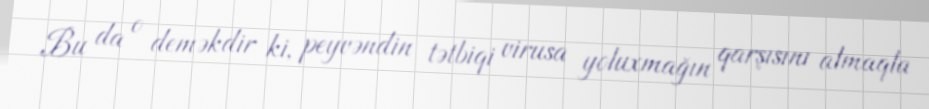
Bu da o deməkdir ki, peyvəndin tətbiqi virusa yoluxmağın qarşısını almaqla